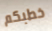
خطبكم